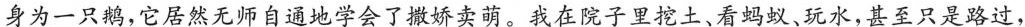
身为一只鹅，它居然无师自通地学会了撒娇卖萌。我在院子里挖土、看蚂蚁、玩水，甚至只是路过，